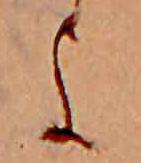
よ